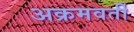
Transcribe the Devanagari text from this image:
अक्रमवर्ती